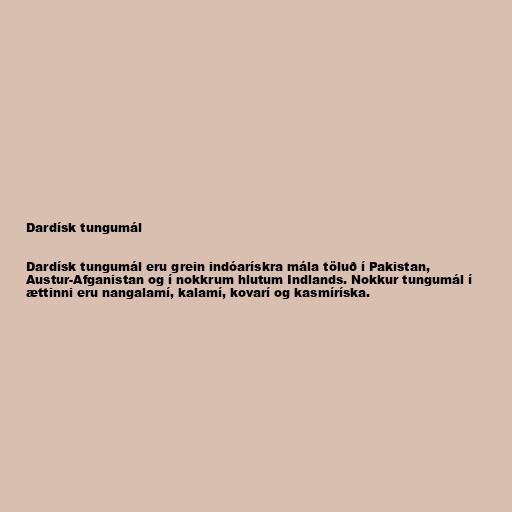
Dardísk tungumál

Dardísk tungumál eru grein indóarískra mála töluð í Pakistan,
Austur-Afganistan og í nokkrum hlutum Indlands. Nokkur tungumál í
ættinni eru nangalamí, kalamí, kovarí og kasmíríska.